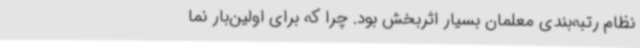
نظام رتبه‌بندی معلمان بسیار اثربخش بود. چرا که برای اولین‌بار نما